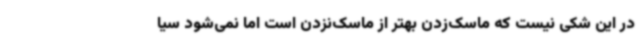
در این شکی نیست که ماسک‌زدن بهتر از ماسک‌نزدن است اما نمی‌شود سیا